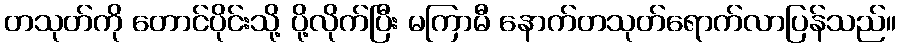
တသုတ်ကို တောင်ပိုင်းသို့ ပို့လိုက်ပြီး မကြာမီ နောက်တသုတ်ရောက်လာပြန်သည်။